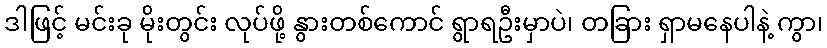
ဒါဖြင့် မင်းခု မိုးတွင်း လုပ်ဖို့ နွားတစ်ကောင် ရွာရဦးမှာပဲ၊ တခြား ရှာမနေပါနဲ့ ကွာ၊